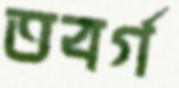
তবর্গ